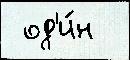
 од'и́н